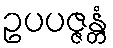
ဥပပဇ္ဇန္တံ